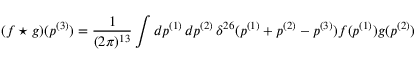
( f \star g ) ( p ^ { ( 3 ) } ) = \frac { 1 } { ( 2 \pi ) ^ { 1 3 } } \int d p ^ { ( 1 ) } \, d p ^ { ( 2 ) } \, \delta ^ { 2 6 } ( p ^ { ( 1 ) } + p ^ { ( 2 ) } - p ^ { ( 3 ) } ) f ( p ^ { ( 1 ) } ) g ( p ^ { ( 2 ) } )